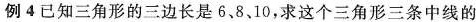
例 4 已知三角形的三边长是6、 8、 10、求这个三角形三条中线的